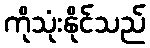
ကိုသုံးနိုင်သည်